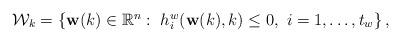
LaTeX: \begin{align*}\begin{array}{l}\mathcal{W}_k=\left\{\mathbf{w}(k)\in \mathbb{R}^n: ~h^w_i(\mathbf{w}(k),k)\leq0, ~i=1,\dots,t_w\right\}, \end{array}\end{align*}